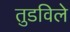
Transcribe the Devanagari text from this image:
तुडविले